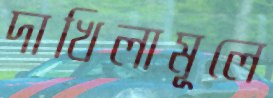
দাখিলামূলে